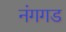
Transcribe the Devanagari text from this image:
नंगगड